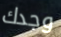
وجدك